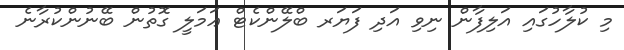
މި ކުލާހުގައި އަލިފާން ނިވި އަދި ފަޔަރ ބްލޭންކެޓް ޢަމަލީ ގޮތުން ބޭނުންކުރާނެ